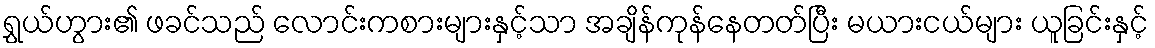
ရွှယ်ဟွား၏ ဖခင်သည် လောင်းကစားများနှင့်သာ အချိန်ကုန်နေတတ်ပြီး မယားငယ်များ ယူခြင်းနှင့်